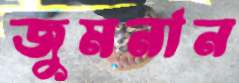
জুমনান